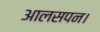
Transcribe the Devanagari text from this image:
आलसपन।